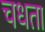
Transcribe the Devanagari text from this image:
चधता